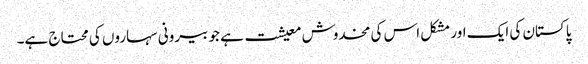
پاکستان کی ایک اور مشکل اس کی مخدوش معیشت ہے جو بیرونی سہاروں کی محتاج ہے۔